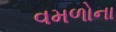
વમળોના